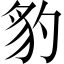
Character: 豹